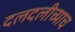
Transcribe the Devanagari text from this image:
दलदलीच्याच